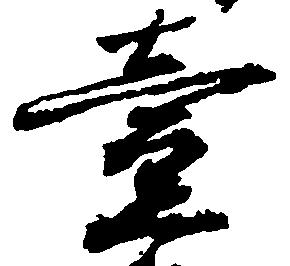
壱